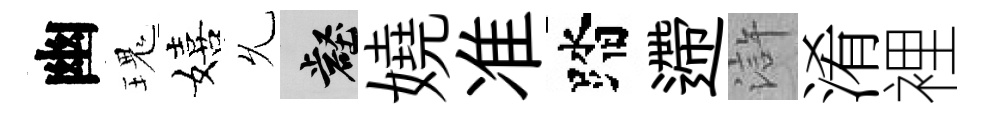
幽瑰嬉𠃔壑嬈准踏遰滸淆裡